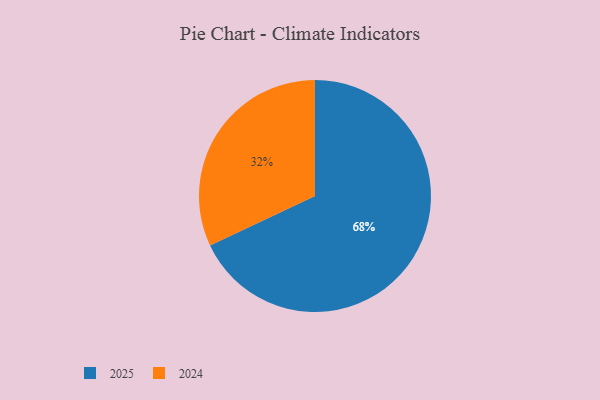
{"axis": {"x": "Category", "y": "Percentage"}, "legend": ["2024", "2025"], "data": [{"x": "2025", "y": 68, "type": "2025"}, {"x": "2024", "y": 32, "type": "2024"}]}